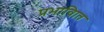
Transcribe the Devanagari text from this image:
प्रभावाित